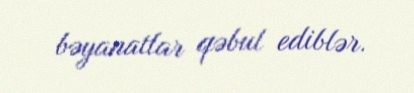
bəyanatlar qəbul ediblər.